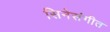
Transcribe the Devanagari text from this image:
सिनेसंगीत